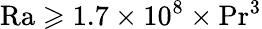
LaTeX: \mathrm{Ra}\geqslant 1.7\times 10^{8}\times\mathrm{Pr}^{3}